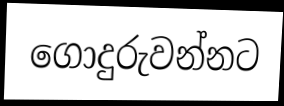
ගොදුරුවන්නට